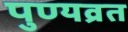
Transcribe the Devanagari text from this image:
पुण्यव्रत